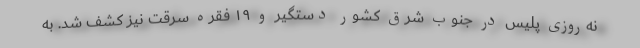
نه‌روزی پلیس در جنوب شرق کشور دستگیر و ۱۹ فقره سرقت نیز کشف شد. به